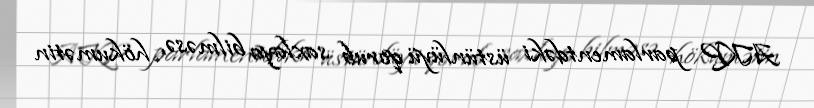
AKP parlamentdəki üstünlüyü qorub saxlaya bilməsə, hökumətin